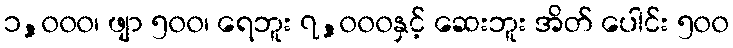
၁,၀၀၀၊ ဖျာ ၅၀၀၊ ရေဘူး ၇,၀၀၀နှင့် ဆေးဘူး အိတ် ပေါင်း ၅၀၀